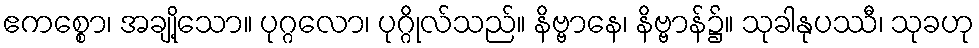
ဧကစ္စော၊ အချို့သော။ ပုဂ္ဂလော၊ ပုဂ္ဂိုလ်သည်။ နိဗ္ဗာနေ၊ နိဗ္ဗာန်၌။ သုခါနုပဿီ၊ သုခဟု